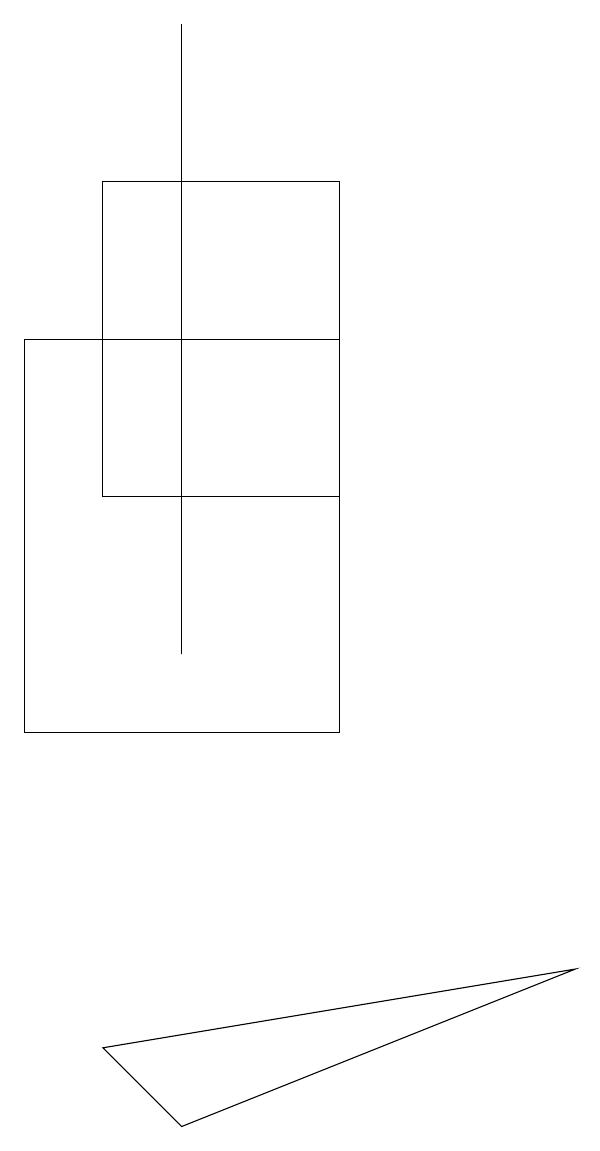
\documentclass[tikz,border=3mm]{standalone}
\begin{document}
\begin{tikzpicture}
\draw (3,5) -- (8,7) -- (2,6) -- cycle;
\draw (5,10) rectangle (1,15);
\draw (2,17) rectangle (5,13);
\draw (3,19) rectangle (3,11);
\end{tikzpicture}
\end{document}